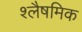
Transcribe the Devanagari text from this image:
श्लैषमिक